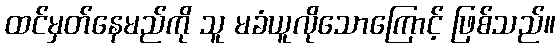
ထင်မှတ်နေမည်ကို သူ မခံယူလိုသောကြောင့် ဖြစ်သည်။